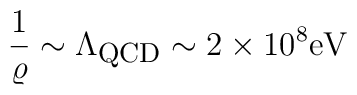
\frac{1}{\varrho}\sim\Lambda_{\mbox{\footnotesize QCD}}\sim 2\times 10^8\mbox{eV}